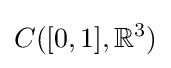
C([0,1],\mathbb {R} ^{3})